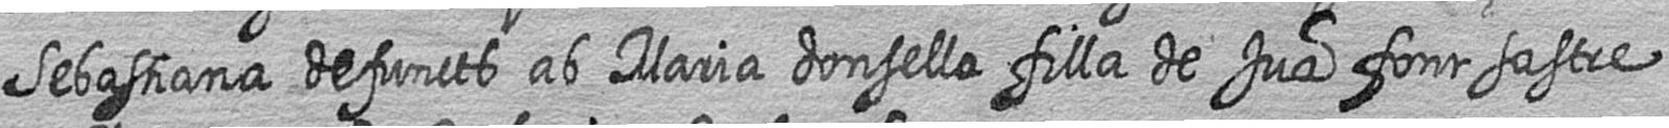
Sebastiana defuncts ab Maria donsella filla de Jua font sastre